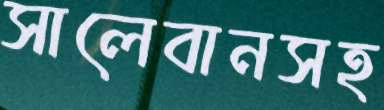
সালেবানসহ